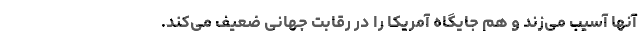
آنها آسیب می‌زند و هم جایگاه آمریکا را در رقابت جهانی ضعیف می‌کند.